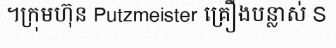
។ក្រុមហ៊ុន Putzmeister គ្រឿងបន្លាស់ S